Report on vaccination in Madras 1895-1903 - 1895-1903
Year: 1895
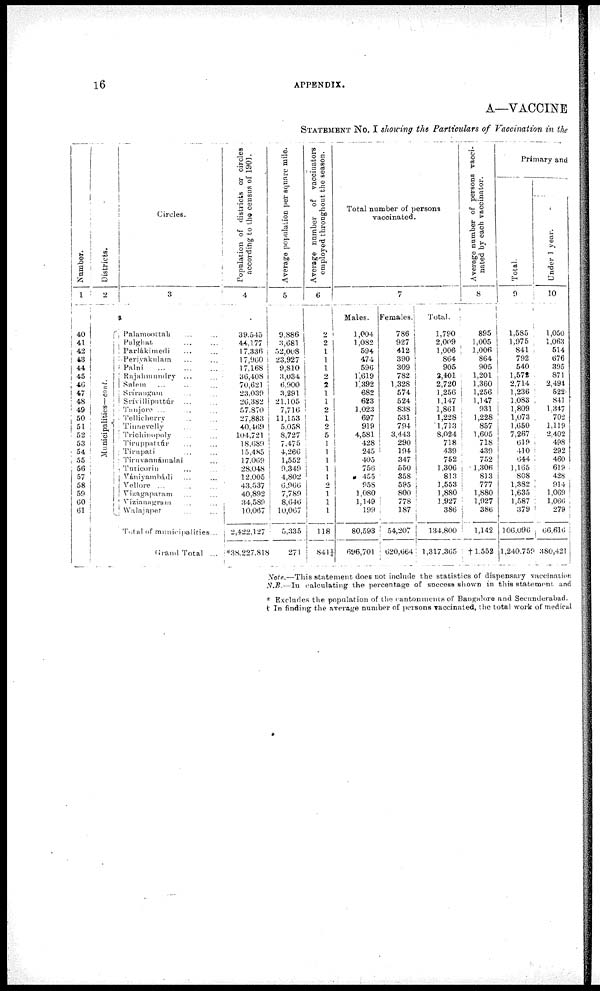
16
APPENDIX.
A—VACCINE
STATEMEMT NO. I showing the Particulars of Vaccination in the
Number.
1
40
41
42
43
44
45
46
47
48
49
50
51
52
53
54
55
56
57
58
59
60
61
Districts.
2
Municipalities—cont.
Circles.
3
Palamcottah ... ...
Palghat
...
...
Parlákimedi ... ...
Perivakulam ... ...
Palni
...
...
...
Rajahmundry ... ...
Salem ... ...
Srirangam ... ...
Srívillipnttúr ... ...
Tanjore ... ...
Tellicherry ... ...
Tinnevelly ... ...
Trichinopoly ... ...
Tiruppattúr ... ...
Tirupati ... ...
Tiruvannámalai ...
Tuticorin ... ...
Vániyambádi ... ...
Vellore
...
...
...
Vizagaparam ... ...
Vizianagram ... ...
Walajapet ... ...
Total of municipalities...
Grand Total ...
Population of districts or circles
according to the census of 1901.
4
39,545
44,177
17,336
17,960
17,168
36,408
70,621
23,039
26,382
57,870
27,883
40,469
104,721
18,689
15,485
17,069
28,048
12,005
43,537
40,892
34,580
10,067
2,422,127
*38,227,818
Average population per square mile.
5
9,886
3,681
52,008
23,927
9,810
3,034
6,900
3,291
21,105
7,716
11,153
5,058
8,727
7.475
4,266
1,552
0,349
4,802
6,066
7,789
8,646
10,067
5,335
271
Average number of vaccinators
employed throughout the season.
6
2
2
1
1
1
2
2
1
1
2
1
2
5
1
1
1
1 1
2
1
1
1
118
841¼
Total number of persons
vaccinated.
7
Males.
1,004
1,082
594
474
596
1,619
1,392
682
623
1,023
697
919
4,581
428
245
405
756
455
958
1,080
1,149
199
80,593
696,701
Females.
786
927
412
390
309
782
1,328
574
524
838
531
794
3,443
290
104
347
550
358
595
800
778
187
54,207
620,664
Total.
1,790
2,009
1,006
864
905
2,401
2,720
1,256
1,147
1,861
1,228
1,713
8,024
718
439
752
1,306
813
1,553
1,880
1,927
386
134,800
1,317.365
Average number of persons vacci¬
nated by each vaccinator.
8
895
1,005
1,006
864
905
1,201
1,360
1,256
1,147
931
1,228
857
1,605
718
439
752
1,306
813
777
1,880
1,927
386
1,142
†1,552
Primary and
Total.
9
1,585
1,075
841
792
540
1,572
2,714
1,236
1,083
1,809
1,073
1,650
7,267
619
410
644
1,165
808
1,382
1,635
1,587
379
106,096
1,240,759
Under 1 year.
10
1,050
1,063
514
676
395
871
2,494
522
841
1,347
702
1,119
2,402
498
292
460
619
428
914
1,069
1,066
279
66,616
380,421
Note.—This statement does not include the statistics of dispensary vaccination
N.B.—In calculating the percentage of success shown in this statement and
* Excludes the population of the cantonments of Bangalore and Secunderabad.
† In finding the average number of persons vaccinated, the total work of medical